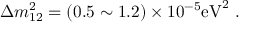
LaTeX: \Delta m _ { 1 2 } ^ { 2 } = ( 0 . 5 \sim 1 . 2 ) \times 1 0 ^ { - 5 } \mathrm { e V } ^ { 2 } \ .